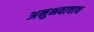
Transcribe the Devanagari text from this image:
अनुभवाचाच